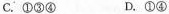
C.①③④ D.①④